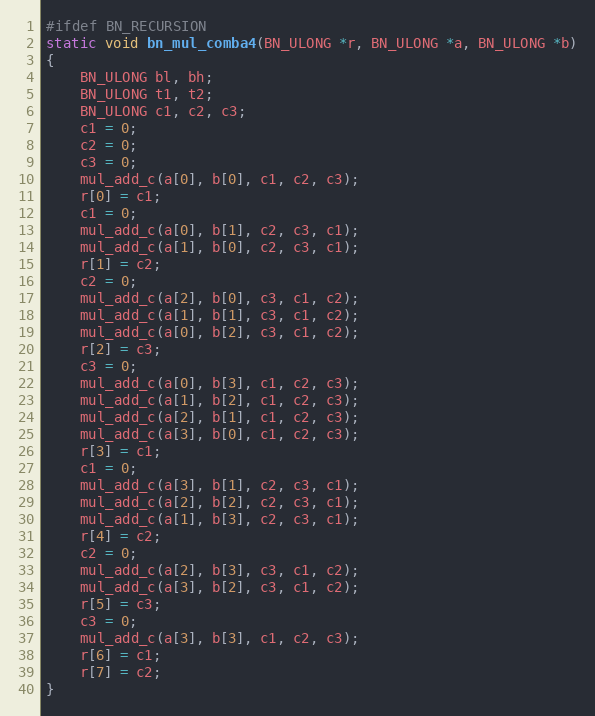
Language: C
#ifdef BN_RECURSION
static void bn_mul_comba4(BN_ULONG *r, BN_ULONG *a, BN_ULONG *b)
{
	BN_ULONG bl, bh;
	BN_ULONG t1, t2;
	BN_ULONG c1, c2, c3;
	c1 = 0;
	c2 = 0;
	c3 = 0;
	mul_add_c(a[0], b[0], c1, c2, c3);
	r[0] = c1;
	c1 = 0;
	mul_add_c(a[0], b[1], c2, c3, c1);
	mul_add_c(a[1], b[0], c2, c3, c1);
	r[1] = c2;
	c2 = 0;
	mul_add_c(a[2], b[0], c3, c1, c2);
	mul_add_c(a[1], b[1], c3, c1, c2);
	mul_add_c(a[0], b[2], c3, c1, c2);
	r[2] = c3;
	c3 = 0;
	mul_add_c(a[0], b[3], c1, c2, c3);
	mul_add_c(a[1], b[2], c1, c2, c3);
	mul_add_c(a[2], b[1], c1, c2, c3);
	mul_add_c(a[3], b[0], c1, c2, c3);
	r[3] = c1;
	c1 = 0;
	mul_add_c(a[3], b[1], c2, c3, c1);
	mul_add_c(a[2], b[2], c2, c3, c1);
	mul_add_c(a[1], b[3], c2, c3, c1);
	r[4] = c2;
	c2 = 0;
	mul_add_c(a[2], b[3], c3, c1, c2);
	mul_add_c(a[3], b[2], c3, c1, c2);
	r[5] = c3;
	c3 = 0;
	mul_add_c(a[3], b[3], c1, c2, c3);
	r[6] = c1;
	r[7] = c2;
}